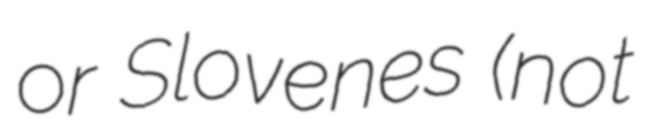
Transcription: or Slovenes (not